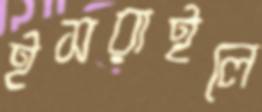
ইসরাইলে